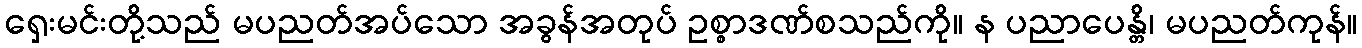
ရှေးမင်းတို့သည် မပညတ်အပ်သော အခွန်အတုပ် ဥစ္စာဒဏ်စသည်ကို။ န ပညာပေန္တိ၊ မပညတ်ကုန်။